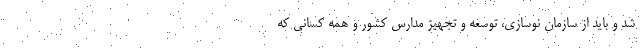
شد و باید از سازمان نوسازی، توسعه و تجهیز مدارس کشور و همه کسانی که